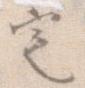
定